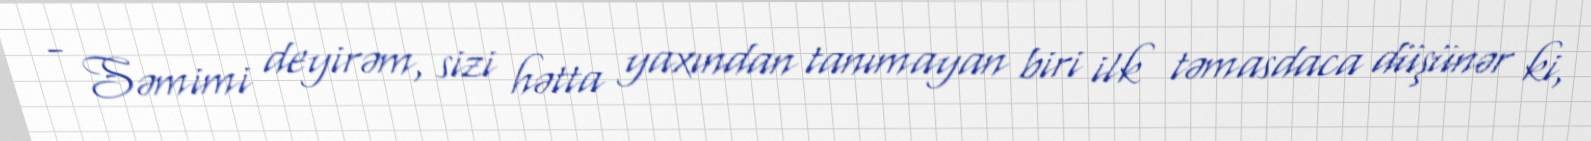
- Səmimi deyirəm, sizi hətta yaxından tanımayan biri ilk təmasdaca düşünər ki,